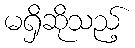
မရှိဆိုသည့်